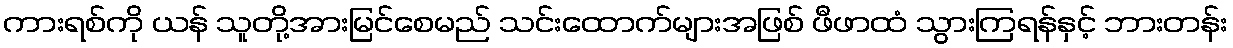
ကားရစ်ကို ယန် သူတို့အားမြင်စေမည် သင်းထောက်များအဖြစ် ဖီဖာထံ သွားကြရန်နှင့် ဘားတန်း